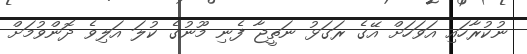
ނުކުރާހައި އަވަހަށް އޭގެ ރަގަޅު ނަތީޖާ ފެނި މޫނުގެ ކުލަ އަލިވެ ދޮންވުމަށް